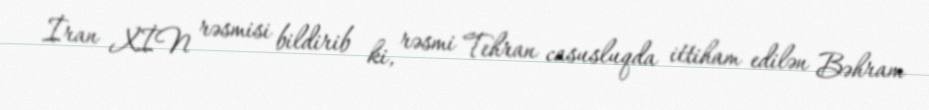
İran XİN rəsmisi bildirib ki, rəsmi Tehran casusluqda ittiham edilən Bəhram